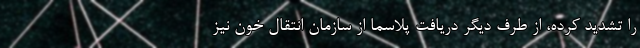
را تشدید کرده، از طرف دیگر دریافت پلاسما از سازمان انتقال خون نیز